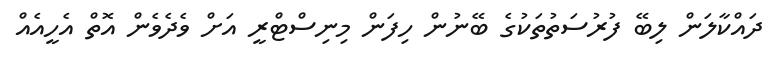
ދައްކާލަން ލިބޭ ފުރުސަތުތަކުގެ ބޭނުން ހިފަން މިނިސްޓްރީ އަށް ވެދެވެން އޮތް އެހީއެއް